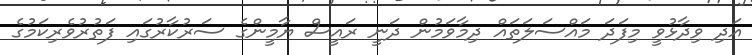
އަދި ވިދާޅުވީ މިފަދަ މައްސަލަތައް ދިމާވަމުން ދަނީ ރައީސް ޔާމީންގެ ސަރުކާރުގައި ފަތުރުވެރިކަމުގެ